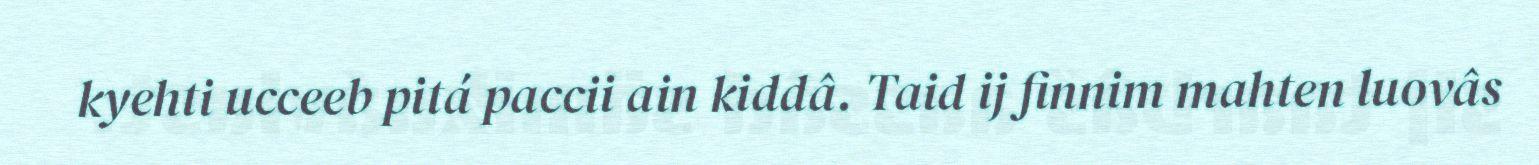
kyehti ucceeb pitá paccii ain kiddâ. Taid ij finnim mahten luovâs